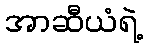
အာဆီယံရဲ့